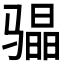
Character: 𮹐